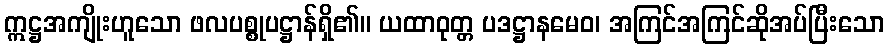
ဣဋ္ဌအကျိုးဟူသော ဖလပစ္စုပဋ္ဌာန်ရှိ၏။ ယထာဝုတ္တ ပဒဋ္ဌာနမေဝ၊ အကြင်အကြင်ဆိုအပ်ပြီးသော